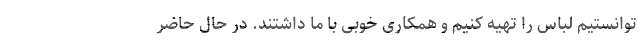
توانستیم لباس را تهیه کنیم و همکاری خوبی با ما داشتند. در حال حاضر